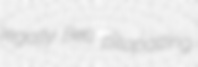
legally Bett pitapatting